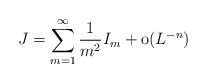
\begin{align*} J= \sum_{m=1}^\infty\frac 1{m^2} I_m +\textrm{o}(L^{-n})\end{align*}